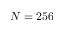
N = 2 5 6